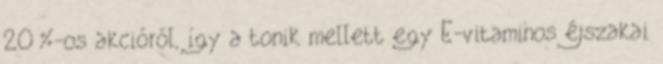
20%-os akcióról, így a tonik mellett egy E-vitaminos éjszakai